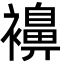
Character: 襣